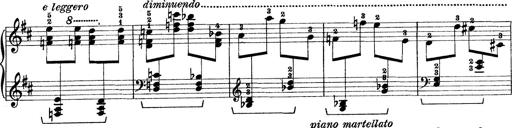
Title: Rapsodie: 19 ungheresi, 1 spagnuola
Composer: Franz Liszt